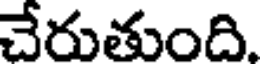
చేరుతుంది.